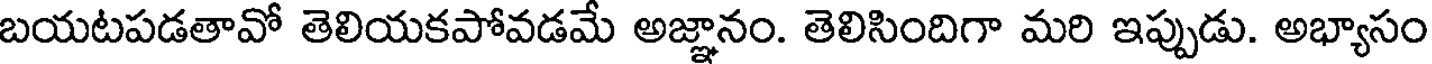
బయటపడతావో తెలియకపోవడమే అజ్ఞానం. తెలిసిందిగా మరి ఇప్పుడు. అభ్యాసం